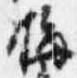
梅